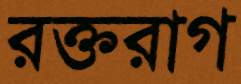
রক্তরাগ